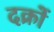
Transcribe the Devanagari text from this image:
दक्रों